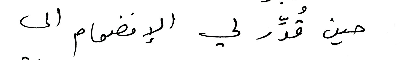
حين قُدّر لي الإنضمام الى